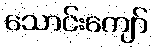
သောင်းကျော်